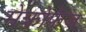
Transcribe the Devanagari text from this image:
मेक्रोफेज